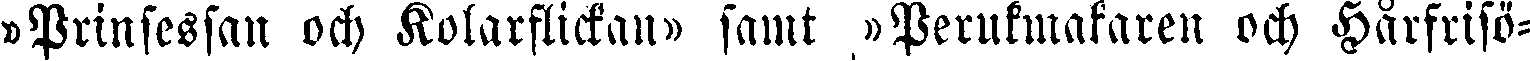
»Prinsessan och Kolarflickan» samt »Perukmakaren och Hårfrisö-